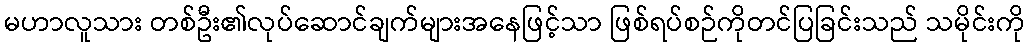
မဟာလူသား တစ်ဦး၏လုပ်ဆောင်ချက်များအနေဖြင့်သာ ဖြစ်ရပ်စဉ်ကိုတင်ပြခြင်းသည် သမိုင်းကို